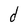
Character: d